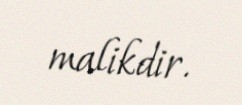
malikdir.